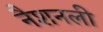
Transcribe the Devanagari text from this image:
नैशनली